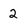
Character: 2